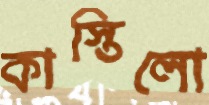
কাস্তিলো